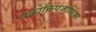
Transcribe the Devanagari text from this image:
वक्रोक्तिपंजाशिका